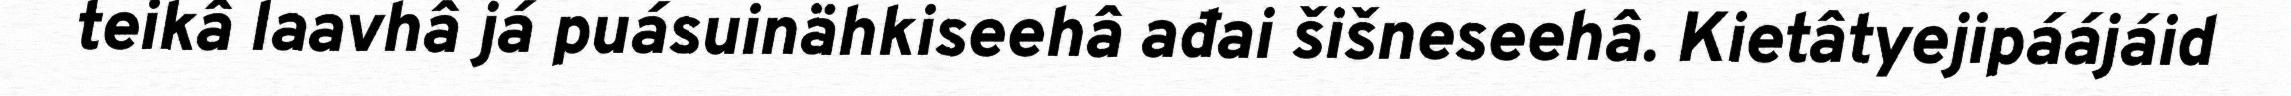
teikâ laavhâ já puásuinähkiseehâ ađai šišneseehâ. Kietâtyejipáájáid